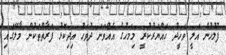
ފުލުހުން އަލީ ވަހީދު ހައްޔަރުކުރީ މިމަހުގެ އެއްވަނަ ދުވަހު އިދިކޮޅު ފަރާތްތަކުން މާލޭގައި